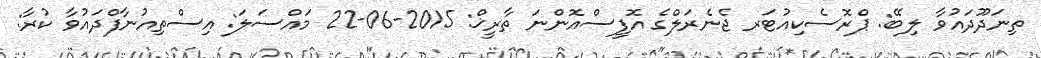
ތިނަދޫދައުވާ ލިބޭ: ޕްރޮސެކިއުޓަރ ޖެނެރަލްގެ އޮފީސްއޮންނަ ތާރީޚް: 2015-06-22 މައްސަލަ: އިސްތިއުނާފްދައުވާ ކުރާ: